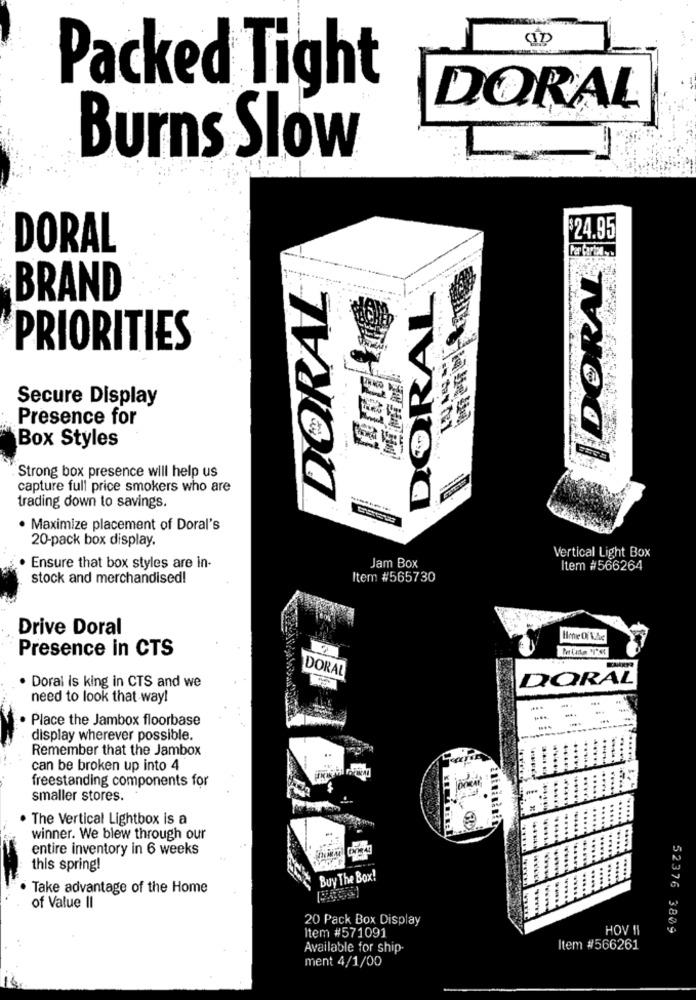
Packed Tight
DORAL
Burns Slow
$24.95
DORAL
IDORAL
DORAL
BRAND
AL
PRIORITIES
Secure Display
Presence for
Box Styles
Strong box presence will help us
capture full price smokers who are
trading down to savings.
· Maximize placement of Doral's
20-pack box display.
Vertical Light Box
. Ensure that box styles are in-
Jam Box
Item #566264
stock and merchandised!
Item #565730
Drive Doral
Presence in CTS
DORAL
· Doral is king in CTS and we
DORAL
need to look that way!
Place the Jambox floorbase
display wherever possible.
Remember that the Jambox
can be broken up into 4
freestanding components for
smaller stores.
. The Vertical Lightbox is a
winner. We blew through our
entire inventory in 6 weeks
this spring!
Buy The Box!
. Take advantage of the Home
of Value II
20 Pack Box Display
Item #571091
HOV !I
52376 3809
Available for ship
Item #566261
ment 4/1/00